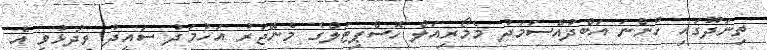
ތިނަދޫގައި ހުންނަ އަބްދުއްސަމަދު މެމޯރިއަލް ހޮސްޕިޓަލްގެ މެނޭޖަރު އަހުމަދު ސައީދު ވިދާޅުވީ އެ